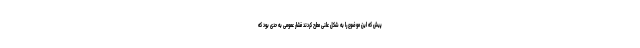
پیش که این موضوع را به شکل علنی مطرح کردند فشار عمومی به حدی بود که